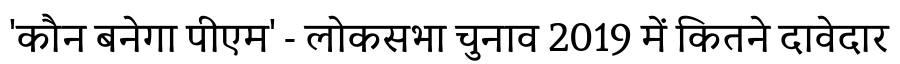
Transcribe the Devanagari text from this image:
'कौन बनेगा पीएम' - लोकसभा चुनाव 2019 में कितने दावेदार